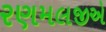
રણમલજીએ